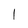
Character: I